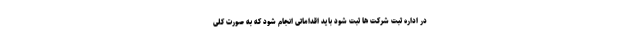
در اداره ثبت شرکت ها ثبت شود باید اقداماتی انجام شود که به صورت کلی